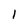
Character: l